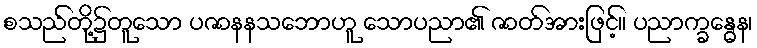
စသည်တို့၌တူသော ပဇာနနသဘောဟူ သောပညာ၏ ဇာတ်အားဖြင့်။ ပညာက္ခန္ဓေန၊